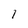
Character: 1